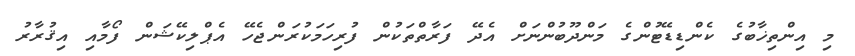
މި އިންތިޚާބުގެ ކެންޑިޑޭޓުންގެ މަންދޫބުންނަށް އެދޭ ފަރާތްތަކުން ފުރިހަމަކުރަންޖެހޭ އެޕްލިކޭޝަން ފޯމާއި އިޤުރާރު